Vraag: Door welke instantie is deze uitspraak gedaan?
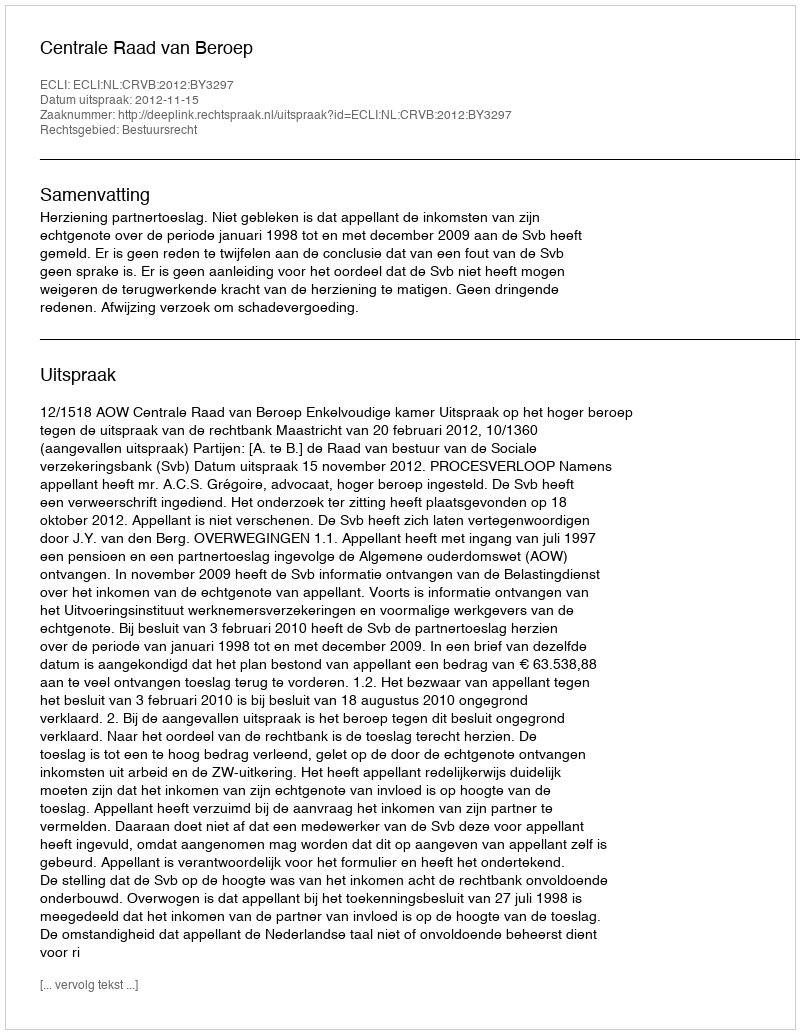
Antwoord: Centrale Raad van Beroep